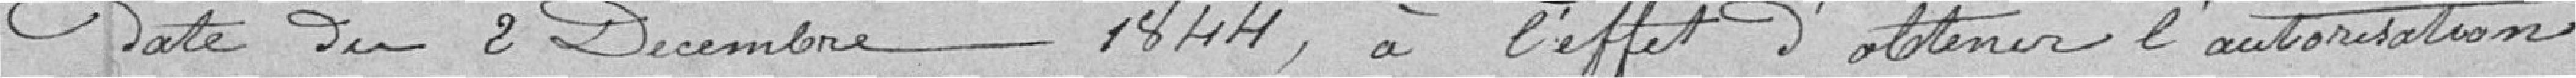
date du 2 décembre 1844, à l'effet d'obtenir l'autorisation